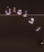
الكتمان